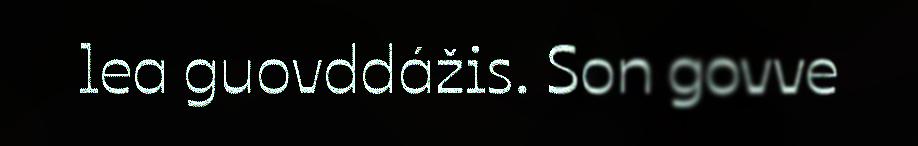
lea guovddážis. Son govve